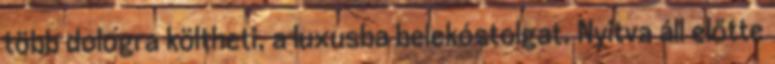
több dologra költheti, a luxusba belekóstolgat. Nyitva áll előtte